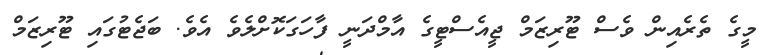
މީގެ ތެރެއިން ވެސް ޓޫރިޒަމް ޖީއެސްޓީގެ އާމްދަނީ ފާހަގަކޮށްލެވެ އެވެ. ބަޖެޓުގައި ޓޫރިޒަމް